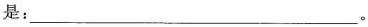
是:___